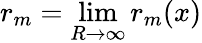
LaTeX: r_{m}=\operatorname*{lim}_{R\to\infty}r_{m}(x)